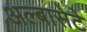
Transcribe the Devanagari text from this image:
अल्बासेटे